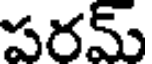
పరమ్